Annual administration report of the Civil Veterinary Department of India - 1896-1897
Year: 1896
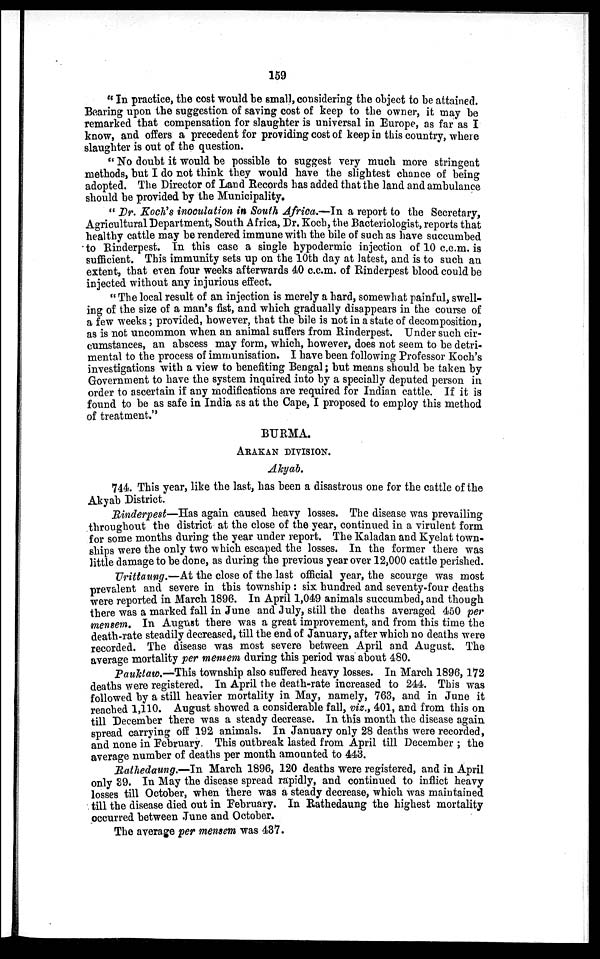
159
" In practice, the cost would be small, considering the object to be attained.
Bearing upon the suggestion of saving cost of keep to the owner, it may be
remarked that compensation for slaughter is universal in Europe, as far as I
know, and offers a precedent for providing cost of keep in this country, where
slaughter is out of the question.
"No doubt it would be possible to suggest very much more stringent
methods, but I do not think they would have the slightest chance of being
adopted. The Director of Land Records has added that the land and ambulance
should be provided by the Municipality.
" Dr. Koch's inoculation in South Africa.—In a report to the Secretary,
Agricultural Department, South Africa, Dr. Koch, the Bacteriologist, reports that
healthy cattle may be rendered immune with the bile of such as have succumbed
to Rinderpest. In this case a single hypodermic injection of 10 c.c.m. is
sufficient. This immunity sets up on the 10th day at latest, and is to such an
extent, that even four weeks afterwards 40 c.c.m. of Rinderpest blood could be
injected without any injurious effect.
"The local result of an injection is merely a hard, somewhat painful, swell-
ing of the size of a man's fist, and which gradually disappears in the course of
a few weeks; provided, however, that the bile is not in a state of decomposition,
as is not uncommon when an animal suffers from Rinderpest. Under such cir-
cumstances, an abscess may form, which, however, does not seem to be detri-
mental to the process of immunisation. I have been following Professor Koch's
investigations with a view to benefiting Bengal; but means should be taken by
Government to have the system inquired into by a specially deputed person in
order to ascertain if any modifications are required for Indian cattle. If it is
found to be as safe in India as at the Cape, I proposed to employ this method
of treatment."
BURMA.
ARAKAN DIVISION.
Akyab.
744. This year, like the last, has been a disastrous one for the cattle of the
Akyab District.
Rinderpest—Has again caused heavy losses. The disease was prevailing
throughout the district at the close of the year, continued in a virulent form
for some months during the year under report. The Kaladan and Kyelat town-
ships were the only two which escaped the losses. In the former there was
little damage to be done, as during the previous year over 12,000 cattle perished.
Urittaung.—At the close of the last official year, the scourge was most
prevalent and severe in this township: six hundred and seventy-four deaths
were reported in March 1896. In April 1,049 animals succumbed, and though
there was a marked fall in June and July, still the deaths averaged 450 per
mensem. In August there was a great improvement, and from this time the
death-rate steadily decreased, till the end of January, after which no deaths were
recorded. The disease was most severe between April and August. The
average mortality per mensem during this period was about 480.
Pauktaw.—This township also suffered heavy losses. In March 1896, 172
deaths were registered. In April the death-rate increased to 244. This was
followed by a still heavier mortality in May, namely, 763, and in June it
reached 1,110. August showed a considerable fall, viz., 401, and from this on
till December there was a steady decrease. In this month the disease again
spread carrying off 192 animals. In January only 28 deaths were recorded,
and none in February This outbreak lasted from April till December; the
average number of deaths per month amounted to 443.
Rathedaung.—In March 1896, 120 deaths were registered, and in April
only 39. In May the disease spread rapidly, and continued to inflict heavy
losses till October, when there was a steady decrease, which was maintained
till the disease died out in February. In Rathedaung the highest mortality
occurred between June and October.
The average per mensem was 437.